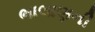
ભાલાણની